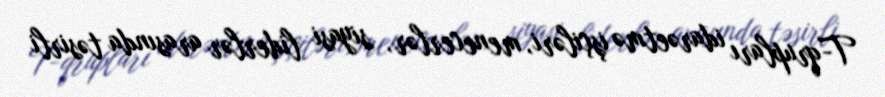
T-qrupları idarəetmə işçiləri, menecerlər, siyasi liderlər arasında təsirli